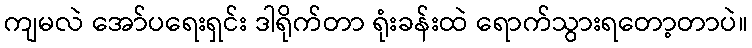
ကျမလဲ အော်ပရေးရှင်း ဒါရိုက်တာ ရုံးခန်းထဲ ရောက်သွားရတော့တာပဲ။